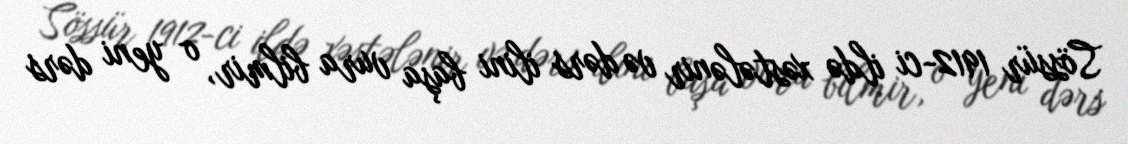
Sössür 1912-ci ildə xəstələnir və dərs ilini başa vura bilmir, o yeni dərs